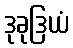
ဒုခုဒြယံ